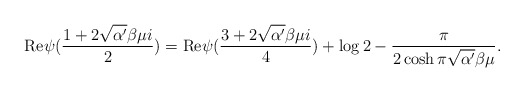
\begin{align*}{\rm Re} \psi (\frac{1+2\sqrt{\alpha '}\beta \mu i}{2})= {\rm Re} \psi (\frac{3+2\sqrt{\alpha '}\beta\mu i}{4}) + \log 2 - \frac{\pi}{2 \cosh \pi \sqrt{\alpha '} \beta \mu}.\end{align*}